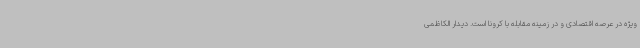
ویژه در عرصه اقتصادی و در زمینه مقابله با کرونا است. دیدار الکاظمی